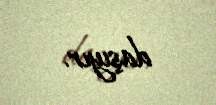
daşıyır.